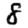
Digit: 8